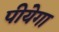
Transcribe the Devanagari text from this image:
पीयेगा